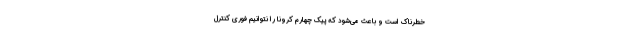
خطرناک است و باعث می‌شود که پیک چهارم کرونا را نتوانیم فوری کنترل